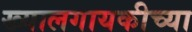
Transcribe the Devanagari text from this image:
ख्यालगायकीच्या